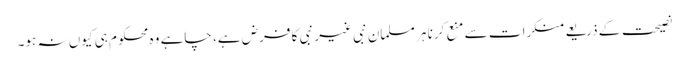
نصیحت کے ذریعے منکرات سے منع کرنا ہر مسلمان نبی غیر نبی کا فرض ہے، چاہے وہ محکوم ہی کیوں نہ ہو۔